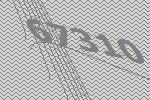
67310